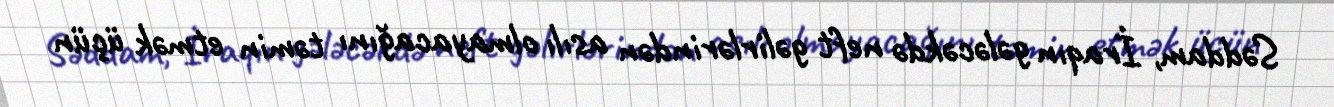
Səddam, İraqın gələcəkdə neft gəlirlərindən asılı olmayacağını təmin etmək üçün